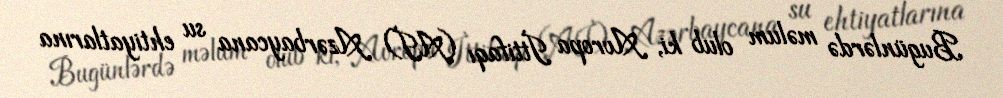
Bugünlərdə məlum olub ki, Avropa İttifaqı (Aİ) Azərbaycana su ehtiyatlarına